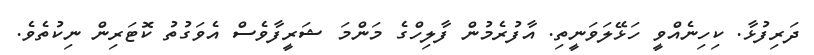
ދަރިފުޅާ. ކިހިނެއްވީ ހަޅޭލަވަނީތި. އާފުރެމުން ފާލިހްގެ މަންމަ ޝަރީފާވެސް އެވަގުތު ކޮޓަރިން ނިކުތެވެ.